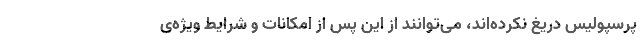
پرسپولیس دریغ نکرده‌اند، می‌توانند از این پس از امکانات و شرایط ویژه‌ی